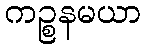
ကဉ္စနမယာ